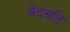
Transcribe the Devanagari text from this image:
वेदश्रुति